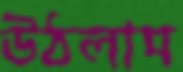
উঠলাম